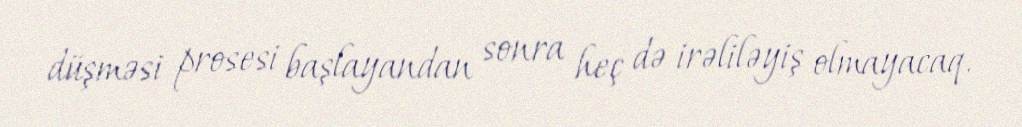
düşməsi prosesi başlayandan sonra heç də irəliləyiş olmayacaq.